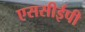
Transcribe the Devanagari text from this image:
एससीईपी